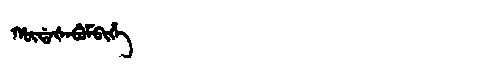
Manchu: ᡥᡡᡩᠠᡧᠠᠪᡠᠮᠪᡳᡥᡝ
Romanization: HŪDAŠABUMBIHE